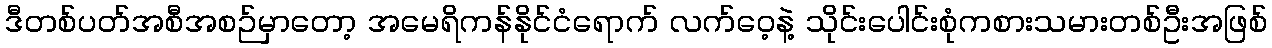
ဒီတစ်ပတ်အစီအစဉ်မှာတော့ အမေရိကန်နိုင်ငံရောက် လက်ဝေ့နဲ့ သိုင်းပေါင်းစုံကစားသမားတစ်ဦးအဖြစ်